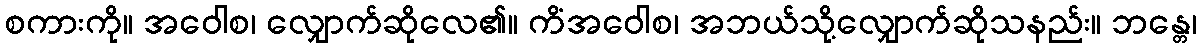
စကားကို။ အဝေါစ၊ လျှောက်ဆိုလေ၏။ ကိံအဝေါစ၊ အဘယ်သို့လျှောက်ဆိုသနည်း။ ဘန္တေ၊